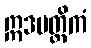
ဣဒမတ္ထိကံ